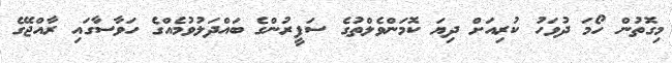
މިގޮތުން ހޯމަ ދުވަހު ކުރިއަށް ދިޔަ ކޮމަންވެލްތުގެ ސަފީރުންގެ ބައްދަލުވުމެއްގެ ހަވާސާގައި ރާއްޖޭގެ